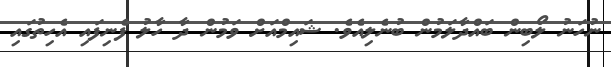
ނުހަނު ލޯބިން ބައްދާލަމުން ބުނެލިއެވެ. ޝައިމްއަށް ވަމުން ދާ ހާލު ފެނިފައި އެހިތުގައި